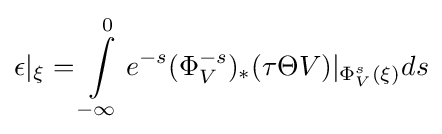
\epsilon |_{\xi }=\int \limits _{-\infty }^{0}e^{-s}(\Phi _{V}^{-s})_{*}(\tau \Theta V)|_{\Phi _{V}^{s}(\xi )}ds